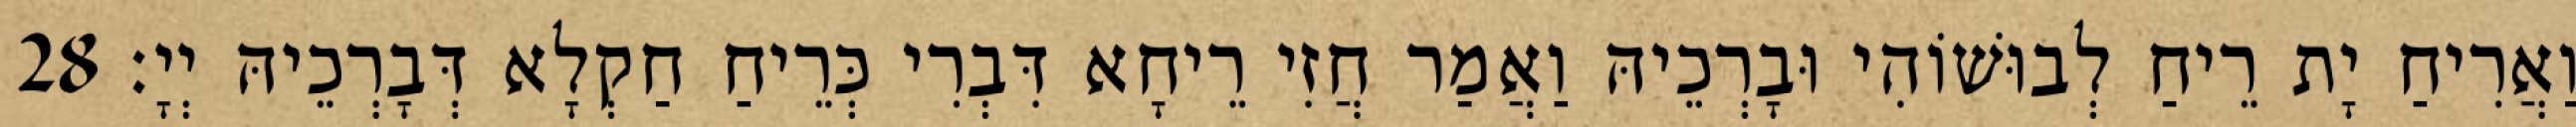
וַאֲרִיחַ יָת רֵיחַ לְבוּשׁוֹהִי וּבָרְכֵיהּ וַאֲמַר חֲזִי רֵיחָא דִּבְרִי כְּרֵיחַ חַקְלָא דְּבָרְכֵיהּ יְיָ׃ 28